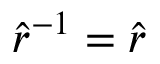
\hat { r } ^ { - 1 } = \hat { r }